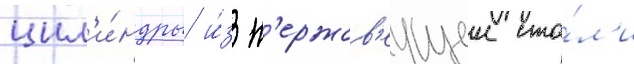
цил'и́ндры и́з н'ержав'еущеи ста́л'и